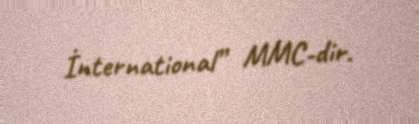
İnternational” MMC-dir.